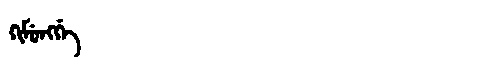
Manchu: ᡴᡳᠮᡠᠩᡤᡝ
Romanization: KIMUNGGE